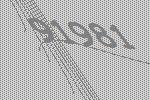
91981